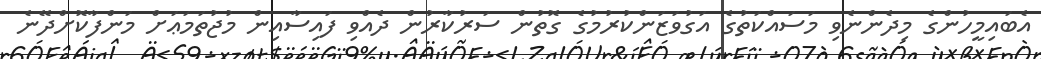
އެބައިމީހުންގެ މިދެންނެވި މަސައްކަތުގެ އަގުވަޒަންކުރުމުގެ ގޮތުން ސަރުކާރުން ދެއްވި ފައިސާއިން މުޖުތަމަޢަށް މަންފާކޮށްދޭނެ